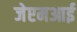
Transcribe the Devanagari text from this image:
जेएमआई